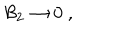
LaTeX: { \cal B } _ { 2 } \rightarrow 0 \ ,